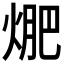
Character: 𭵁